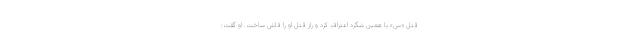
قتل «س» با همین شگرد اعتراف کرد و راز قتل او را فاش ساخت. او گفت: